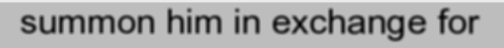
summon him in exchange for